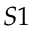
S 1